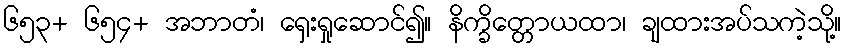
၆၅၃+ ၆၅၄+ အဘာတံ၊ ရှေးရှုဆောင်၍။ နိက္ခိတ္တောယထာ၊ ချထားအပ်သကဲ့သို့။